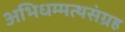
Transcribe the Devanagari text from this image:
अभिधम्मत्थसंग्रह